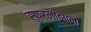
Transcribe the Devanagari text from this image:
सुपरमांझाना